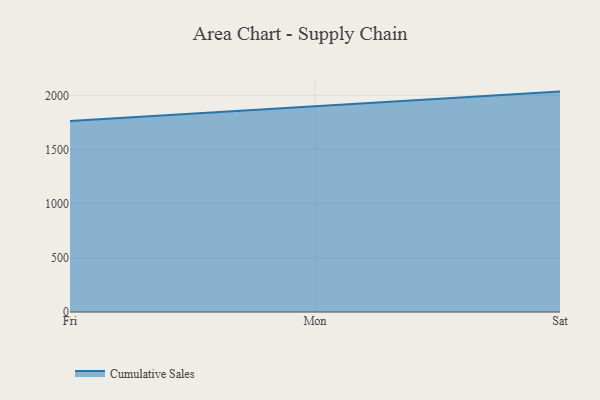
{"axis": {"x": "Day", "y": "Energy Usage (MWh)"}, "legend": ["Cumulative Sales"], "data": [{"x": "Fri", "y": 1761.9, "type": "Cumulative Sales"}, {"x": "Mon", "y": 1897.5, "type": "Cumulative Sales"}, {"x": "Sat", "y": 2034.4, "type": "Cumulative Sales"}]}